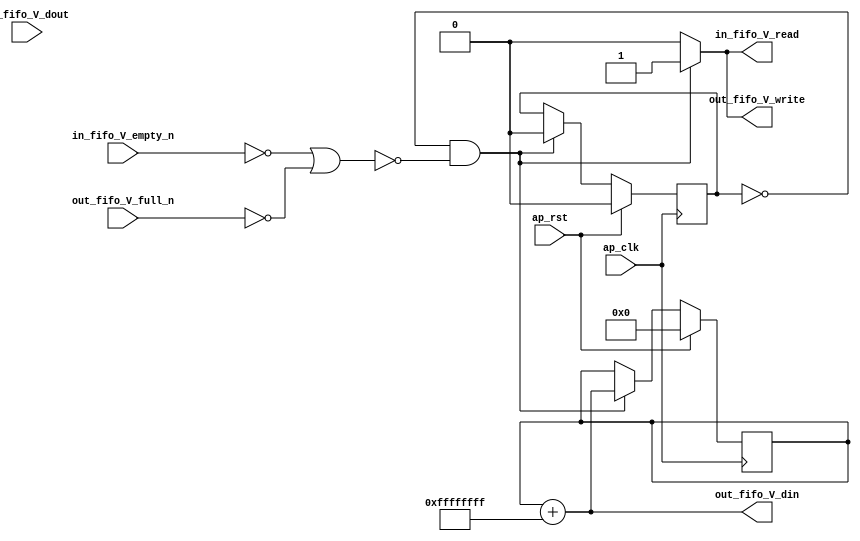
module dut (
        ap_clk,
        ap_rst,
        in_fifo_V_dout,
        in_fifo_V_empty_n,
        in_fifo_V_read,
        out_fifo_V_din,
        out_fifo_V_full_n,
        out_fifo_V_write
);

input   ap_clk;
input   ap_rst;
input  [31:0] in_fifo_V_dout;
input   in_fifo_V_empty_n;
output   in_fifo_V_read;
output  [31:0] out_fifo_V_din;
input   out_fifo_V_full_n;
output   out_fifo_V_write;

reg in_fifo_V_read;
reg out_fifo_V_write;
reg   [31:0] cnt = 32'b00000000000000000000000000000000;
reg   [0:0] ap_CS_fsm = 1'b0;
reg    ap_sig_bdd_24;
wire   [31:0] tmp_fu_49_p2;
reg   [0:0] ap_NS_fsm;
parameter    ap_const_logic_1 = 1'b1;
parameter    ap_const_logic_0 = 1'b0;
parameter    ap_ST_st1_fsm_0 = 1'b0;
parameter    ap_const_lv32_0 = 32'b00000000000000000000000000000000;
parameter    ap_const_lv32_FFFFFFFF = 32'b11111111111111111111111111111111;
parameter    ap_true = 1'b1;




/// the current state (ap_CS_fsm) of the state machine. ///
always @ (posedge ap_clk)
begin : ap_ret_ap_CS_fsm
    if (ap_rst == 1'b1) begin
        ap_CS_fsm <= ap_ST_st1_fsm_0;
    end else begin
        ap_CS_fsm <= ap_NS_fsm;
    end
end

/// cnt assign process. ///
always @ (posedge ap_clk)
begin : ap_ret_cnt
    if (ap_rst == 1'b1) begin
        cnt <= ap_const_lv32_0;
    end else begin
        if (((ap_ST_st1_fsm_0 == ap_CS_fsm) & ~ap_sig_bdd_24)) begin
            cnt <= tmp_fu_49_p2;
        end
    end
end

/// the next state (ap_NS_fsm) of the state machine. ///
always @ (ap_CS_fsm or ap_sig_bdd_24)
begin
    if (((ap_ST_st1_fsm_0 == ap_CS_fsm) & ~ap_sig_bdd_24)) begin
        ap_NS_fsm = ap_ST_st1_fsm_0;
    end else begin
        ap_NS_fsm = ap_CS_fsm;
    end
end

/// in_fifo_V_read assign process. ///
always @ (ap_CS_fsm or ap_sig_bdd_24)
begin
    if (((ap_ST_st1_fsm_0 == ap_CS_fsm) & ~ap_sig_bdd_24)) begin
        in_fifo_V_read = ap_const_logic_1;
    end else begin
        in_fifo_V_read = ap_const_logic_0;
    end
end

/// out_fifo_V_write assign process. ///
always @ (ap_CS_fsm or ap_sig_bdd_24)
begin
    if (((ap_ST_st1_fsm_0 == ap_CS_fsm) & ~ap_sig_bdd_24)) begin
        out_fifo_V_write = ap_const_logic_1;
    end else begin
        out_fifo_V_write = ap_const_logic_0;
    end
end

/// ap_sig_bdd_24 assign process. ///
always @ (in_fifo_V_empty_n or out_fifo_V_full_n)
begin
    ap_sig_bdd_24 = ((in_fifo_V_empty_n == ap_const_logic_0) | (out_fifo_V_full_n == ap_const_logic_0));
end
assign out_fifo_V_din = (cnt + ap_const_lv32_FFFFFFFF);
assign tmp_fu_49_p2 = (cnt + ap_const_lv32_FFFFFFFF);


endmodule